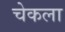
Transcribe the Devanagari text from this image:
चेकला